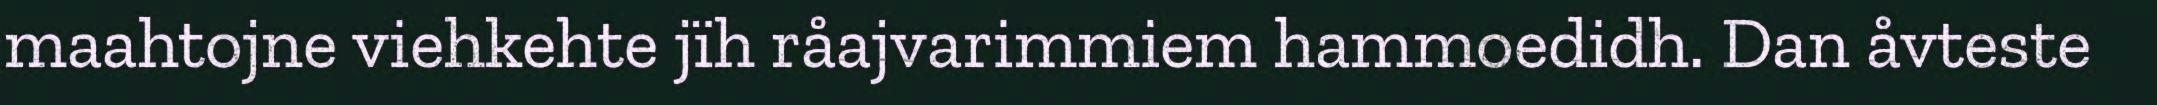
maahtojne viehkehte jïh råajvarimmiem hammoedidh. Dan åvteste